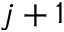
j + 1